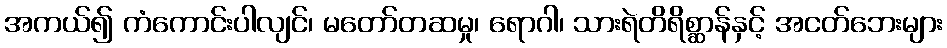
အကယ်၍ ကံကောင်းပါလျင်၊ မတော်တဆမှု၊ ရောဂါ၊ သားရဲတိရိစ္ဆာန်နှင့် အငတ်ဘေးများ